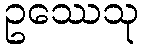
ဥဿေသု